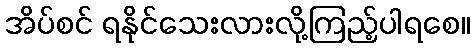
အိပ်စင် ရနိုင်သေးလားလို့ကြည့်ပါရစေ။